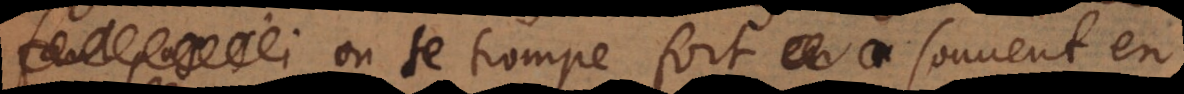
on se trompe fort souvent en